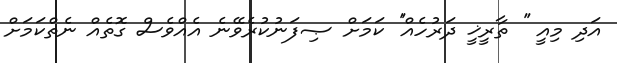
އަދި މިއީ '' ތާރީޚީ ދަރުހެއް'' ކަމަށް ޞިފަނުކުރެވޭނެ އެއްވެސް ގޮތެއް ނެތްކަމަށް